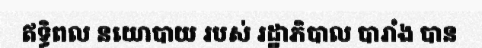
ឥទ្ធិពល នយោបាយ របស់ រដ្ឋាភិបាល បារាំង បាន